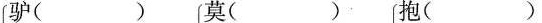
驴（ ）莫（ ）抱（ ）